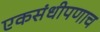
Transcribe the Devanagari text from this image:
एकसंधीपणाच